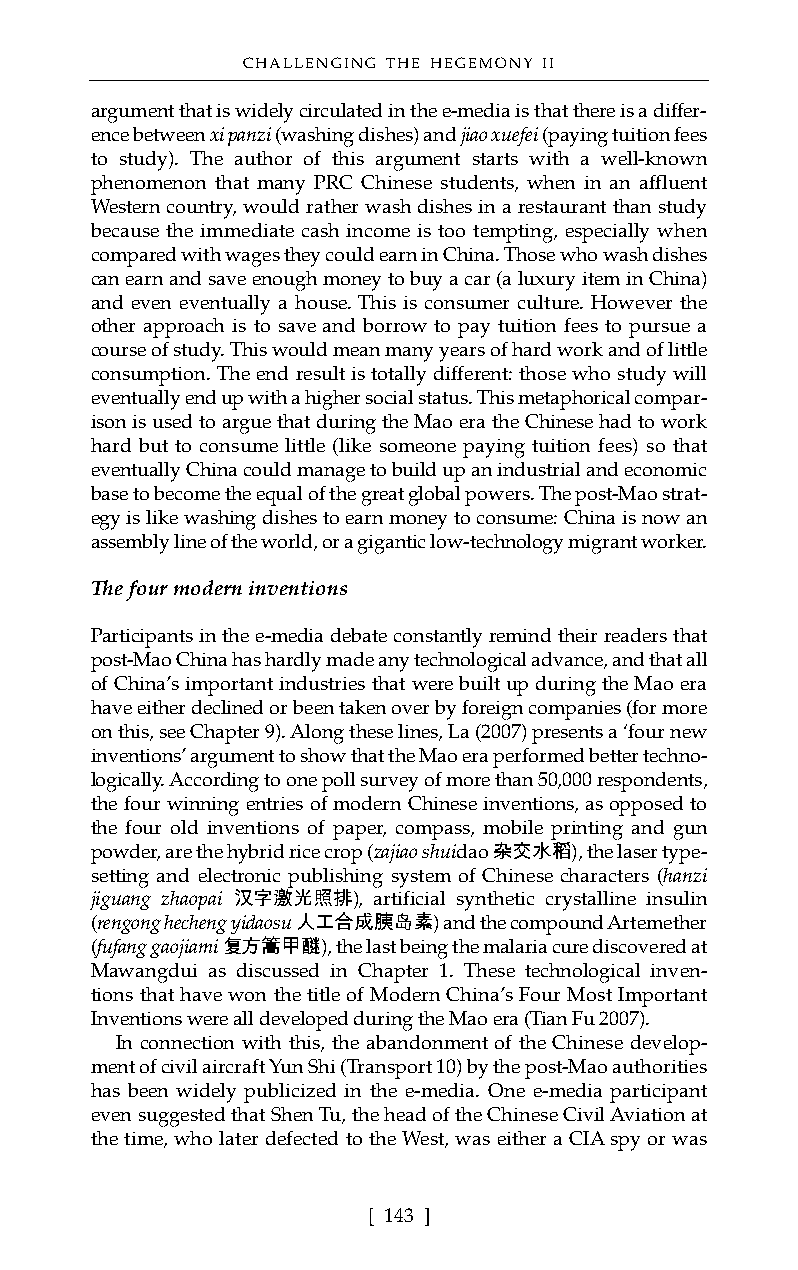
CHALLENGING THE HEGEMONY II
 argument that is widely circulated in the e-media is that there is a differ-
 ence between xi panzi(washing dishes) and jiao xuefei(paying tuition fees
 to study). The author of this argument starts with a well-known
 phenomenon that many PRC Chinese students, when in an affluent
 Western country, would rather wash dishes in a restaurant than study
 because the immediate cash income is too tempting, especially when
 compared with wages they could earn in China. Those who wash dishes
 can earn and save enough money to buy a car (a luxury item in China)
 and even eventually a house. This is consumer culture. However the
 other approach is to save and borrow to pay tuition fees to pursue a
 course of study. This would mean many years of hard work and of little
 consumption. The end result is totally different: those who study will
 eventually end up with a higher social status. This metaphorical compar-
 ison is used to argue that during the Mao era the Chinese had to work
 hard but to consume little (like someone paying tuition fees) so that
 eventually China could manage to build up an industrial and economic
 base to become the equal of the great global powers. The post-Mao strat-
 egy is like washing dishes to earn money to consume: China is now an
 assembly line of the world, or a gigantic low-technology migrant worker.
 The four modern inventions
 Participants in the e-media debate constantly remind their readers that
 post-Mao China has hardly made any technological advance, and that all
 of China’s important industries that were built up during the Mao era
 have either declined or been taken over by foreign companies (for more
 on this, see Chapter 9). Along these lines, La (2007) presents a ‘four new
 inventions’ argument to show that the Mao era performed better techno-
 logically. According to one poll survey of more than 50,000 respondents,
 the four winning entries of modern Chinese inventions, as opposed to
 the four old inventions of paper, compass, mobile printing and gun
 powder, are the hybrid rice crop (zajiao shuidao杂交水稻), the laser type-
 setting and electronic publishing system of Chinese characters (hanzi
 jiguang zhaopai 汉字激光照排), artificial synthetic crystalline insulin
 (rengong hecheng yidaosu人工合成胰岛素) and the compound Artemether
 (fufang gaojiami复方篙甲醚), the last being the malaria cure discovered at
 Mawangdui as discussed in Chapter 1. These technological inven-
 tions that have won the title of Modern China’s Four Most Important
 Inventions were all developed during the Mao era (Tian Fu 2007).
 In connection with this, the abandonment of the Chinese develop-
 ment of civil aircraft Yun Shi (Transport 10) by the post-Mao authorities
 has been widely publicized in the e-media. One e-media participant
 even suggested that Shen Tu, the head of the Chinese Civil Aviation at
 the time, who later defected to the West, was either a CIA spy or was
 [ 143 ]